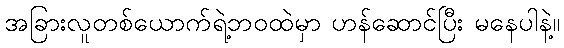
အခြားလူတစ်ယောက်ရဲ့ဘဝထဲမှာ ဟန်ဆောင်ပြီး မနေပါနဲ့။